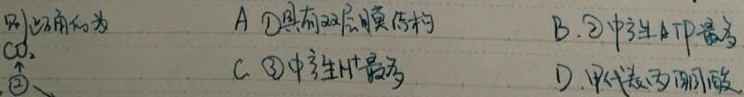
因此而为 \(\text{CO}_{2}\)。\textcircled{2}
A. \textcircled{1}具有双层膜结构
B. \textcircled{2}中产生\(\text{ATP}\)最多
C. \textcircled{3}中产生\(\text{H}^{+}\)最多
D. 甲代谢为丙酮酸